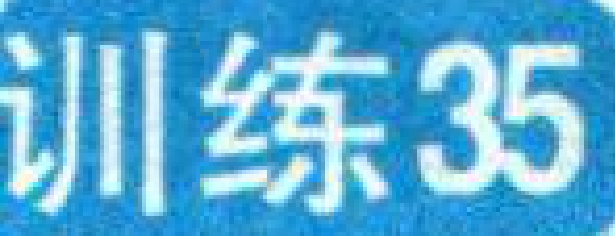
训练35